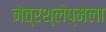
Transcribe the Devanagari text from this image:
नेत्रश्‍लेष्मला